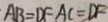
A B = D F A C = D F